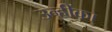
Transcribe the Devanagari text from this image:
उन्हींका